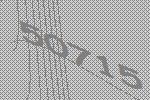
50715